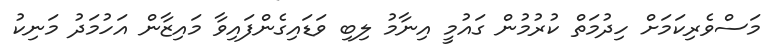
މަސްވެރިކަމަށް ހިދުމަތް ކުރުމުން ގައުމީ އިނާމު ލިބި ވަޑައިގެންފައިވާ މައިޒާން އަހުމަދު މަނިކު